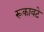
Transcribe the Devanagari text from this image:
रूकावटे